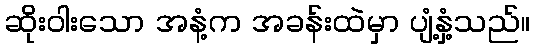
ဆိုးဝါးသော အနံ့က အခန်းထဲမှာ ပျံ့နှံ့သည်။